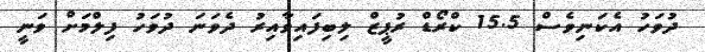
ދުވަހު އެކަނިވެސް 15.5 ކްރޯޑް ރުޕީޒް ލިބިފައިވާއިރު ދެވަނަ ދުވަހު ފިލްމަށް ވަނީ